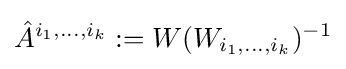
{\hat {A}}^{i_{1},\dots ,i_{k}}:=W(W_{i_{1},\dots ,i_{k}})^{-1}